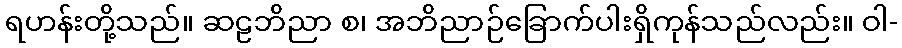
ရဟန်းတို့သည်။ ဆဠဘိညာ စ၊ အဘိညာဉ်ခြောက်ပါးရှိကုန်သည်လည်း။ ဝါ-